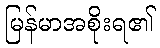
မြန်မာအစိုးရ၏